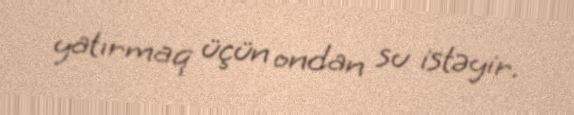
yatırmaq üçün ondan su istəyir.